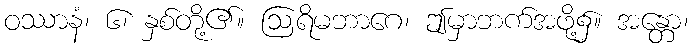
ဝဿာနံ၊ ၆၊ နှစ်တို့၏။ ဩရိမဘာဂေ၊ ဤမှာဘက်အဖို့၌။ အန္တော၊